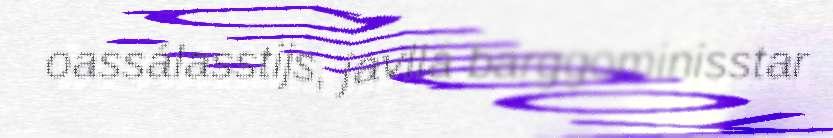
oassálasstijs, javllá barggominisstar